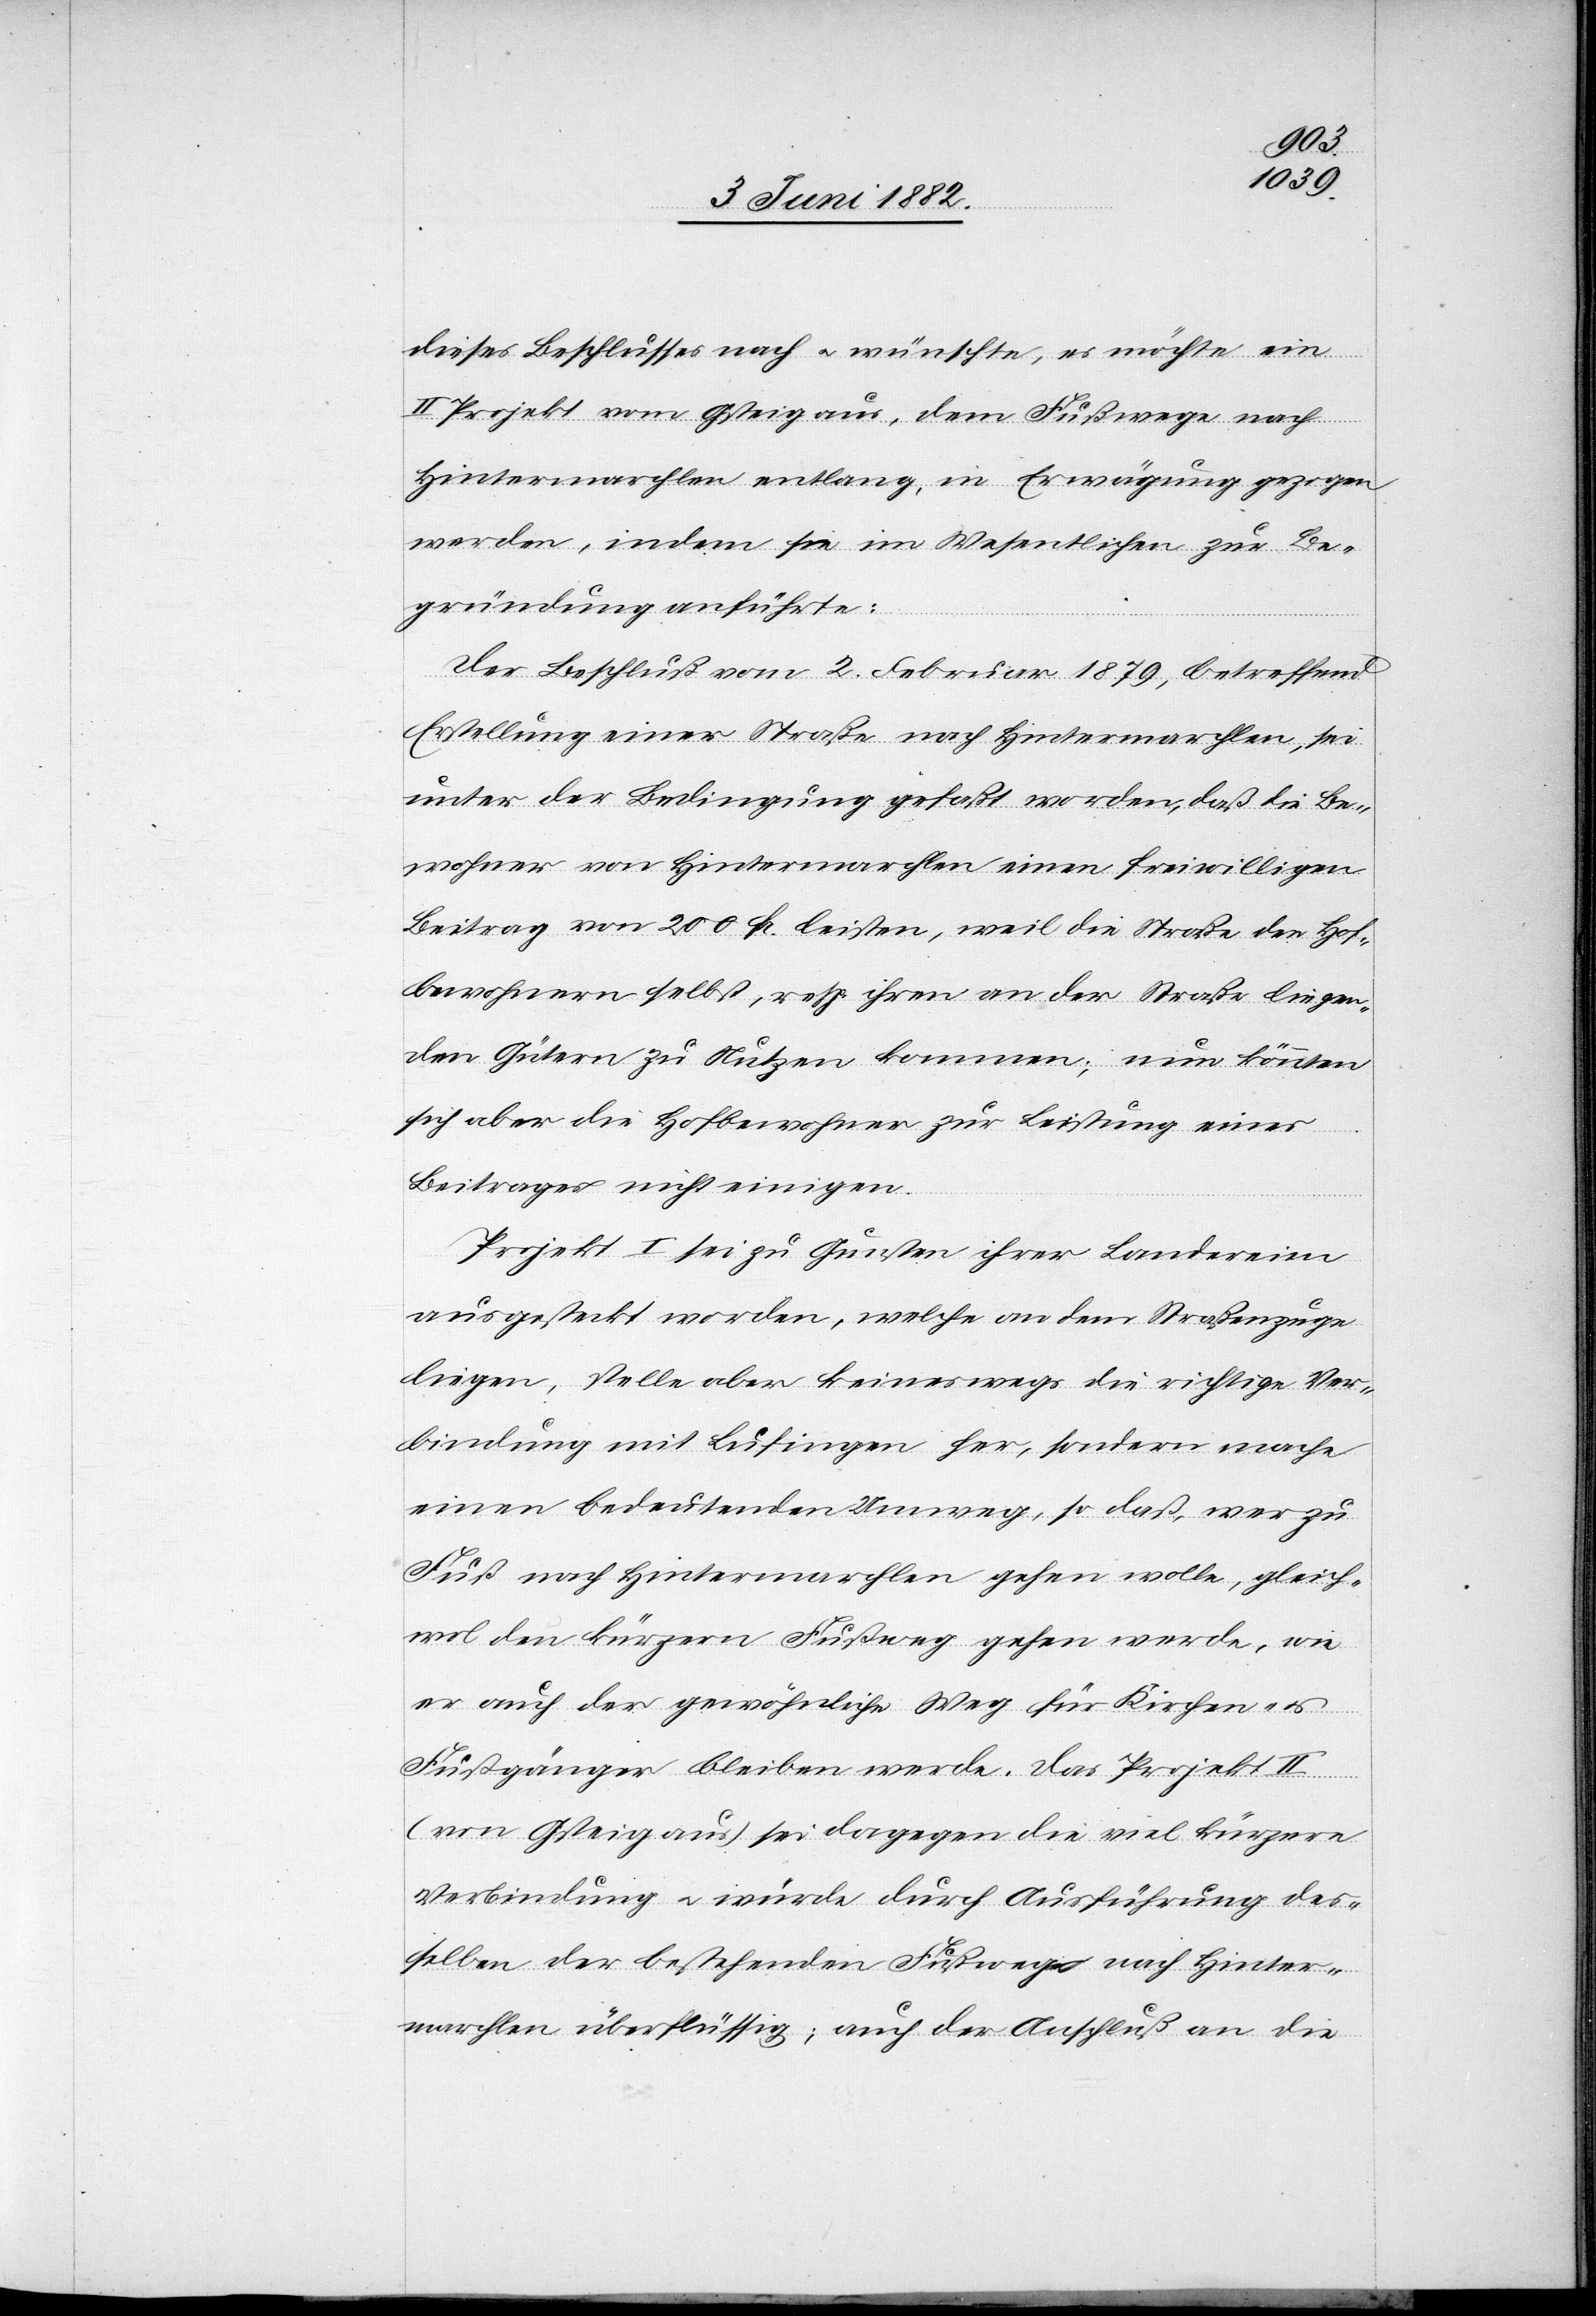
dieses Beschlusses nach u. wünschte [sic!], es möchte ein
II. Projekt vom Gsteig aus, dem Fußwege nach
Hintermarchlen entlang, in Erwägung gezogen
werden, indem sie im Wesentlichen zur Be¬
gründung anführte:
u.
Der Beschluß vom 2. Februar 1879, betreffend
Erstellung einer Straße nach Hintermarchlen, sei
unter der Bedingung gefaßt worden, daß die Be¬
wohner von Hintermarchlen einen freiwilligen
Beitrag von 200 Fr. leisten, weil die Straße den Hof¬
bewohnern selbst, resp. ihren an der Straße liegen¬
den Gütern zu Nutzen kommen [sic!]; nun könnten
sich aber die Hofbewohner zur Leistung eines
Beitrages nicht einigen.
Projekt I sei zu Gunsten ihrer Ländereien
ausgesteckt worden, welche an dem Straßenzuge
liegen, stelle aber keineswegs die richtige Ver¬
bindung mit Lufingen her, sondern macht
einen bedeutenden Umweg, so daß, wer zu
Fuß nach Hintermarchlen gehen wolle, gleich¬
wol den kürzern Fußweg gehen werde, wie
er auch der gewöhnliche Weg für Kirchen-
Fußgänger bleiben werde. Das Projekt II
(von Gsteig aus) sei dagegen die viel kürzere
Verbindung u. würde durch Ausführung des¬
selben der bestehende Fußweg nach Hinter¬
marchlen überflüssig; auch der Anschluß an die